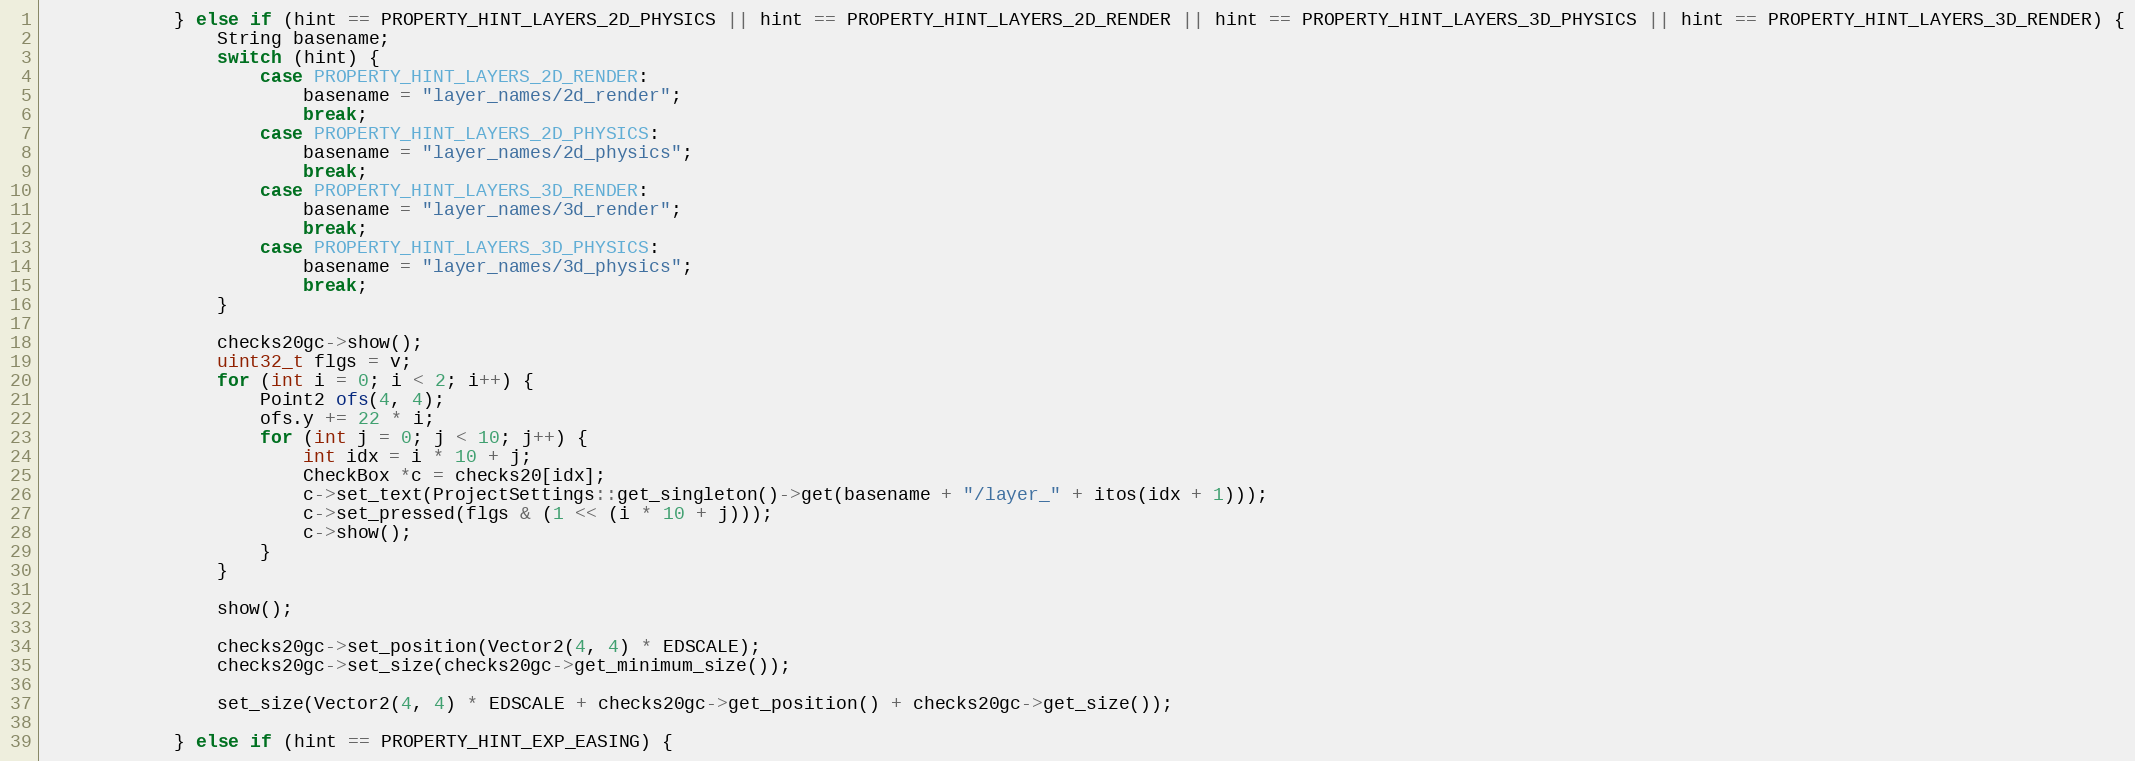
Language: C++
			} else if (hint == PROPERTY_HINT_LAYERS_2D_PHYSICS || hint == PROPERTY_HINT_LAYERS_2D_RENDER || hint == PROPERTY_HINT_LAYERS_3D_PHYSICS || hint == PROPERTY_HINT_LAYERS_3D_RENDER) {
				String basename;
				switch (hint) {
					case PROPERTY_HINT_LAYERS_2D_RENDER:
						basename = "layer_names/2d_render";
						break;
					case PROPERTY_HINT_LAYERS_2D_PHYSICS:
						basename = "layer_names/2d_physics";
						break;
					case PROPERTY_HINT_LAYERS_3D_RENDER:
						basename = "layer_names/3d_render";
						break;
					case PROPERTY_HINT_LAYERS_3D_PHYSICS:
						basename = "layer_names/3d_physics";
						break;
				}

				checks20gc->show();
				uint32_t flgs = v;
				for (int i = 0; i < 2; i++) {
					Point2 ofs(4, 4);
					ofs.y += 22 * i;
					for (int j = 0; j < 10; j++) {
						int idx = i * 10 + j;
						CheckBox *c = checks20[idx];
						c->set_text(ProjectSettings::get_singleton()->get(basename + "/layer_" + itos(idx + 1)));
						c->set_pressed(flgs & (1 << (i * 10 + j)));
						c->show();
					}
				}

				show();

				checks20gc->set_position(Vector2(4, 4) * EDSCALE);
				checks20gc->set_size(checks20gc->get_minimum_size());

				set_size(Vector2(4, 4) * EDSCALE + checks20gc->get_position() + checks20gc->get_size());

			} else if (hint == PROPERTY_HINT_EXP_EASING) {